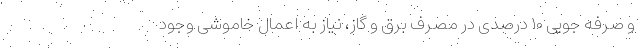
و صرفه جویی ۱۰ درصدی در مصرف برق و گاز، نیاز به اعمال خاموشی وجود